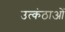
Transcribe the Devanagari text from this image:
उत्कंठाओं